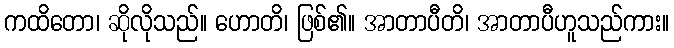
ကထိတော၊ ဆိုလိုသည်။ ဟောတိ၊ ဖြစ်၏။ အာတာပီတိ၊ အာတာပီဟူသည်ကား။